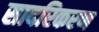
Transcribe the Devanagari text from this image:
सादरिकरण